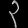
Digit: ၃